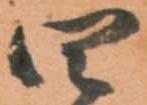
四